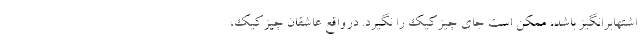
اشتهابرانگیز باشد، ممکن است جای چیزکیک را نگیرد. درواقع عاشقان چیزکیک،